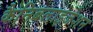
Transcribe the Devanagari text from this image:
कैनिबलाइजेशन